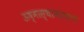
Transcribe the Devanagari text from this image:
ऊष्मास्थानांतरण